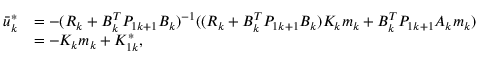
\begin{array} { r l } { \bar { u } _ { k } ^ { \ast } } & { = - ( R _ { k } + B _ { k } ^ { T } P _ { 1 k + 1 } B _ { k } ) ^ { - 1 } ( ( R _ { k } + B _ { k } ^ { T } P _ { 1 k + 1 } B _ { k } ) K _ { k } m _ { k } + B _ { k } ^ { T } P _ { 1 k + 1 } A _ { k } m _ { k } ) } \\ & { = - K _ { k } m _ { k } + K _ { 1 k } ^ { \ast } , } \end{array}